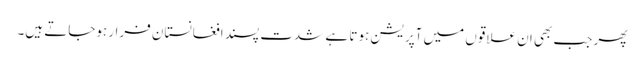
پھر جب بھی ان علاقوں میں آپریشن ہوتا ہے شدت پسند افغانستان فرار ہوجاتے ہیں۔